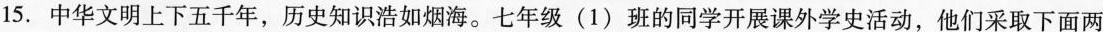
15.中华文明上下五千年，历史知识浩如烟海。七年级(1)班的同学开展课外学史活动，他们采取下面两